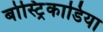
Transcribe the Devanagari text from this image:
बोस्ट्रिकाडिया